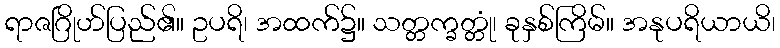
ရာဇဂြိုဟ်ပြည်၏။ ဥပရိ၊ အထက်၌။ သတ္တက္ခတ္တုံ၊ ခုနှစ်ကြိမ်။ အနုပရိယာယိ၊